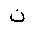
Letter: _non